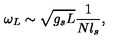
\omega _ { L } \sim \sqrt { g _ { s } L } { \frac { 1 } { N l _ { s } } } ,